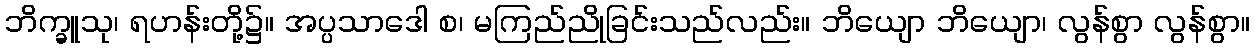
ဘိက္ခူသု၊ ရဟန်းတို့၌။ အပ္ပသာဒေါ စ၊ မကြည်ညိုခြင်းသည်လည်း။ ဘိယျော ဘိယျော၊ လွန်စွာ လွန်စွာ။